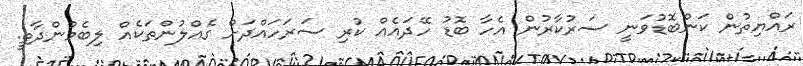
ރައްޔިތުން ކަންބޮޑުވަނީ ސަރުކާރުން އެހާ ބޮޑު ހޭދައެއް ކުރި ސަރަހައްދަށް ގެއްލުންތަކެއް ލިބެމުންދާތީ.